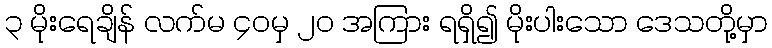
၃ မိုးရေချိန် လက်မ ၄၀မှ ၂၀ အကြား ရရှိ၍ မိုးပါးသော ဒေသတို့မှာ